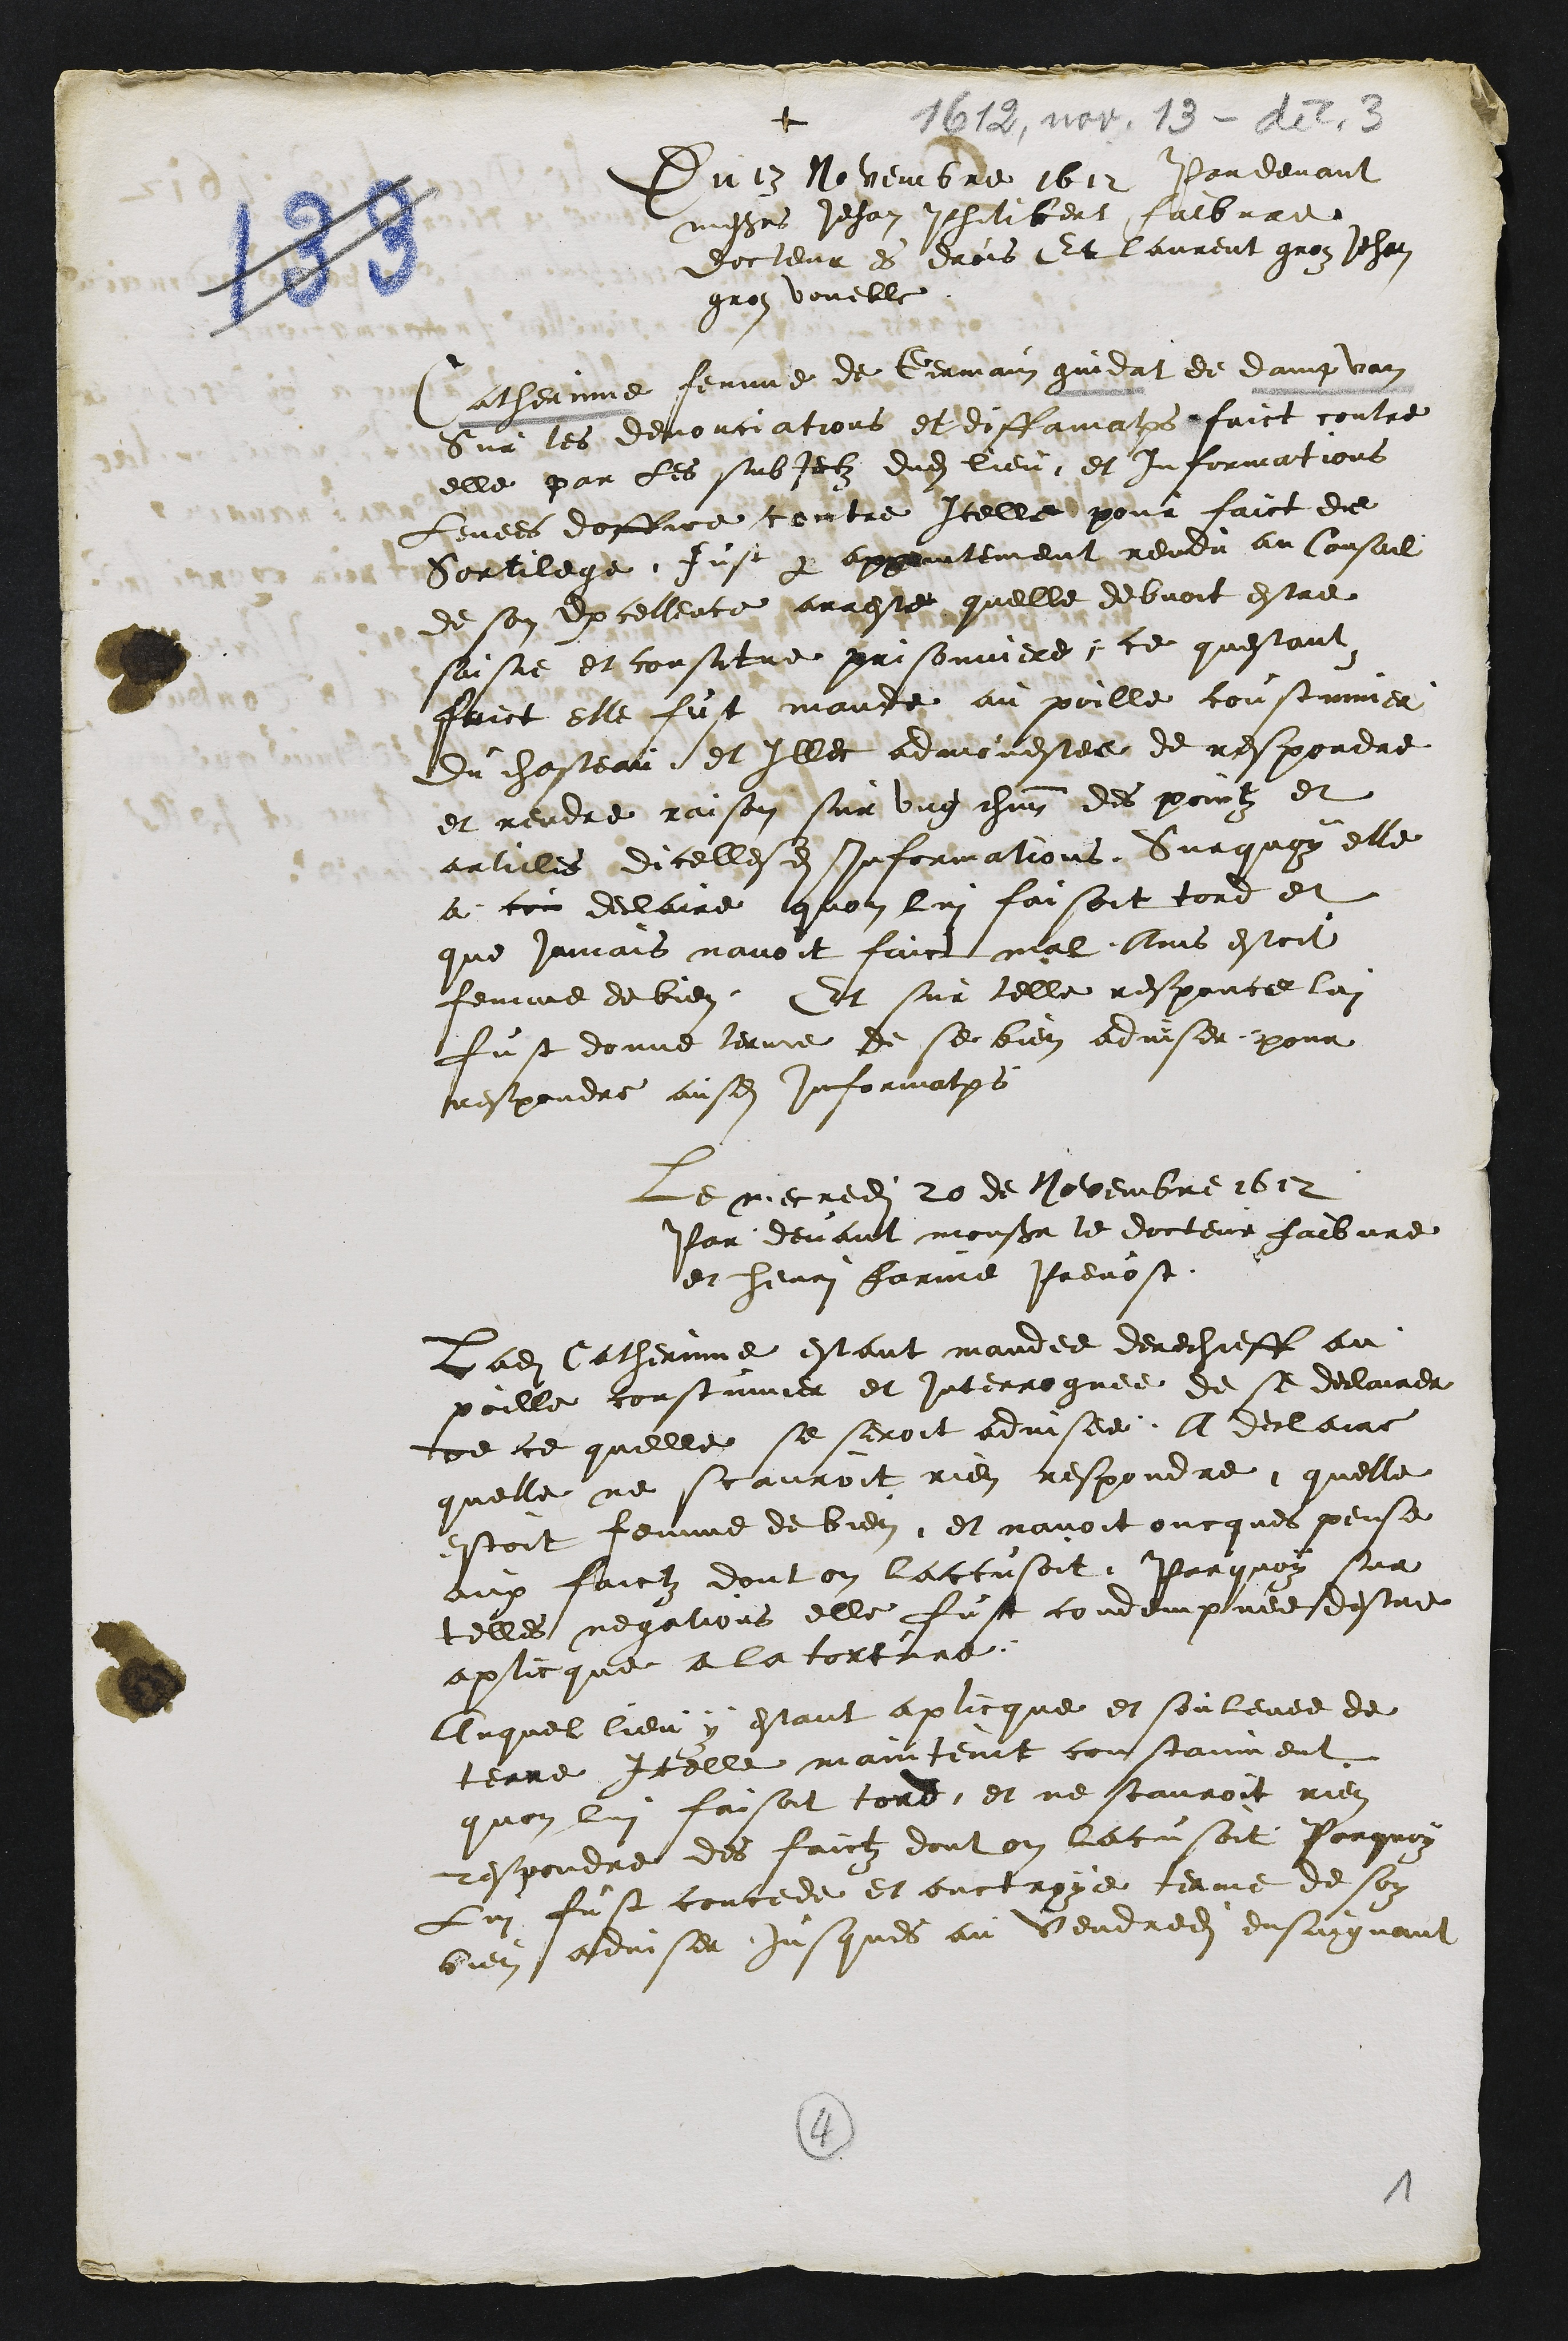
+
Du 13 Novembre 1612 Par devant
messieurs Jehan Philibert faibvre
docteur es drois Et Laurent groz Jehan
gros voueble
Catherinne femme de Germain gindat de dampvan
Sur les demonciations et diffamations faict contre
elle par les subjectz dudit lieu et informations
levees doffice contre Icelle pour faict de
Sortilege fust par appointement rendu au Conseil
de son Excellence arreste quelle debvoit estre
saisie et constitue prisonniere, ce questant
faict elle fust mande au poille coustumier
du chasteau et Illec admonestee de respondre
et rendre raison sur ung chacun des pointz et
articles dicellesdites informations Sur quoy elle
a cri declaire quon lui faisoit tord et
que jamais navoit faict mal Ains estoit
femme de bien Et sur telle responce lui
fust donne terme de se bien adviser pour
respondre ausdits informations
Le mecredi 20 de Novembre 1612
Par devant monsieur le docteur faibvre
et henri farine Prevost
ladite Catherinne estant mandee derechieff au
poille coustumier et interroguee de se declairer
de ce quelle se seroit advisee, A declaire
quelle ne scauroit rien respondre quelle
estoit femme de bien et navoit oncques pense
aux faictz dont on laccusoit. Parquoy sur
telles negations elle fust condempnee destre
applicque a la torture
Auquel lieu y estant aplicque et soulevee de
terre Icelle mainteint constanment
quon lui faisoit tord et ne scauroit rien
respondre des faictz dont on lacusoit Porquoy
Lui fust concede et ouctroye terme de soy
bien adviser jusques au vendredit ensuigvant

4
1